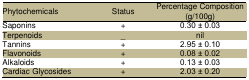
<table><thead><tr><td><b>Phytochemicals</b></td><td><b>Status</b></td><td><b>Percentage Composition (g/100g)</b></td></tr></thead><tbody><tr><td>Saponins</td><td>+</td><td>0.30 ± 0.03</td></tr><tr><td>Terpenoids</td><td>_</td><td>nil</td></tr><tr><td>Tannins</td><td>+</td><td>2.95 ± 0.10</td></tr><tr><td>Flavonoids</td><td>+</td><td>0.08 ± 0.02</td></tr><tr><td>Alkaloids</td><td>+</td><td>0.13 ± 0.03</td></tr><tr><td>Cardiac Glycosides</td><td>+</td><td>2.03 ± 0.20</td></tr></tbody></table>